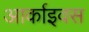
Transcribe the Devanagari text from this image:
आर्काइवस